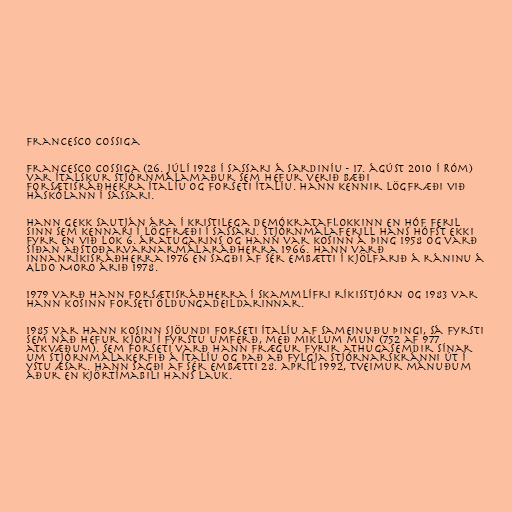
Francesco Cossiga

Francesco Cossiga (26. júlí 1928 í Sassari á Sardiníu - 17. ágúst 2010 í Róm)
var ítalskur stjórnmálamaður sem hefur verið bæði
forsætisráðherra Ítalíu og forseti Ítalíu. Hann kennir lögfræði við
háskólann í Sassari.

Hann gekk sautján ára í kristilega demókrataflokkinn en hóf feril
sinn sem kennari í lögfræði í Sassari. Stjórnmálaferill hans hófst ekki
fyrr en við lok 6. áratugarins og hann var kosinn á þing 1958 og varð
síðan aðstoðarvarnarmálaráðherra 1966. Hann varð
innanríkisráðherra 1976 en sagði af sér embætti í kjölfarið á ráninu á
Aldo Moro árið 1978.

1979 varð hann forsætisráðherra í skammlífri ríkisstjórn og 1983 var
hann kosinn forseti öldungadeildarinnar.

1985 var hann kosinn sjöundi forseti Ítalíu af sameinuðu þingi, sá fyrsti
sem náð hefur kjöri í fyrstu umferð, með miklum mun (752 af 977
atkvæðum). Sem forseti varð hann frægur fyrir athugasemdir sínar
um stjórnmálakerfið á Ítalíu og það að fylgja stjórnarskránni út í
ystu æsar. Hann sagði af sér embætti 28. apríl 1992, tveimur mánuðum
áður en kjörtímabili hans lauk.